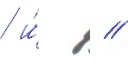
 и́  //